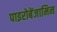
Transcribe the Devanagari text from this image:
पाइरोबेंजामिन